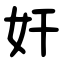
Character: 奸